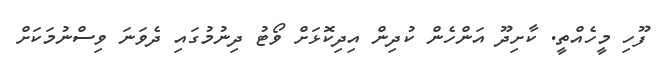
ފޫހި މީހެއްތީ. ކާށިދޫ އަންހެން ކުދިން އިދިކޮޅަށް ވޯޓު ދިނުމުގައި ދެވަނަ ވިސްނުމަކަށް